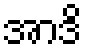
အာဒိ